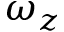
\omega _ { z }